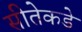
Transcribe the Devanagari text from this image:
सीतेकडे